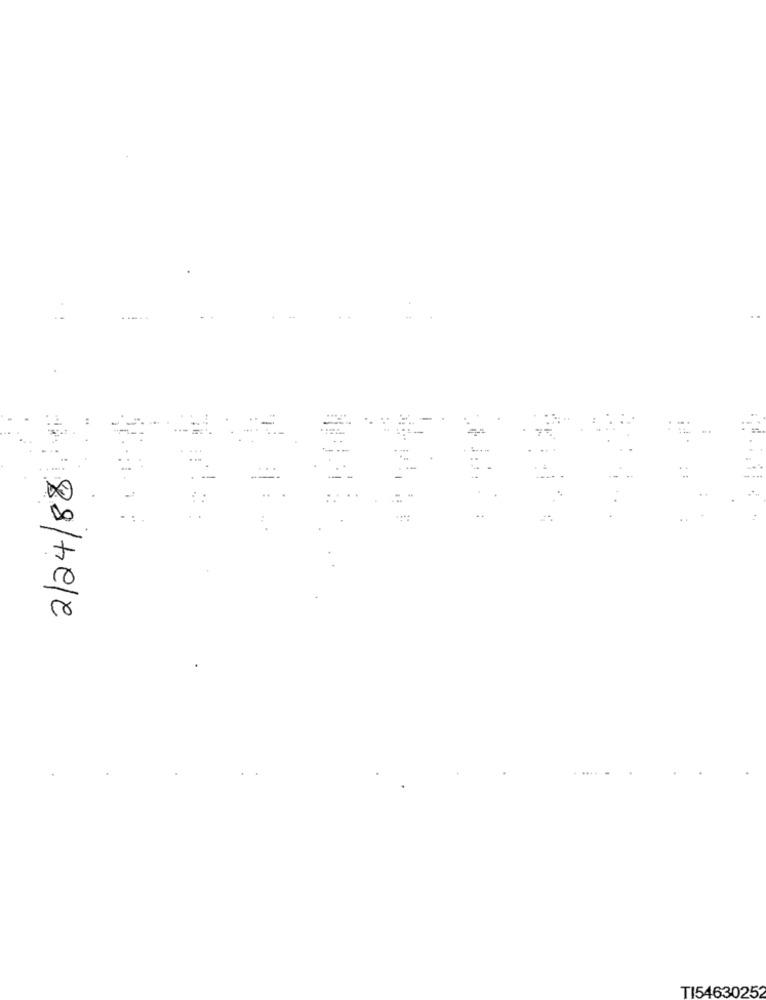
......
2/24/88
TI5463025